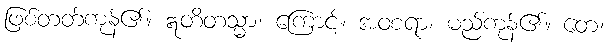
ဖြစ်တတ်ကုန်၏။ ဣတိတသ္မာ၊ ကြောင့်။ အဝစရာ၊ မည်ကုန်၏။ တေ၊